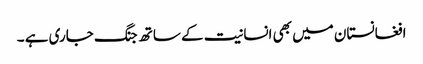
افغانستان میں بھی انسانیت کے ساتھ جنگ جاری ہے ۔